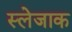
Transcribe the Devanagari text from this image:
स्लेजाक